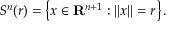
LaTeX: S ^ { n } ( r ) = \left\{ x \in \mathbf { R } ^ { n + 1 } : \left\| x \right\| = r \right\} .